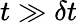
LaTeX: t\gg\delta t